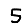
Digit: 5